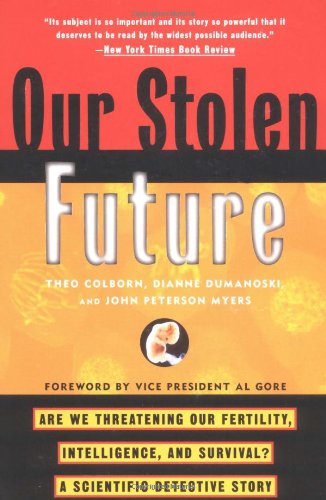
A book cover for Our Stolen Future: Are We Threatening Our Fertility, Intelligence, and Survival?--A Scientific Detective Story; Theo Colborn; Parenting & Relationships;